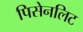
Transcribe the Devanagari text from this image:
पिसेनलिट